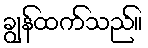
ချွန်ထက်သည်။